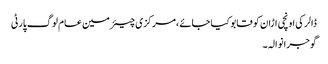
ڈالر کی اونچی اڑان کو قابو کیا جائے ،مرکزی چیئرمین عام لوگ پارٹی
گوجرانوالہ ۔